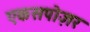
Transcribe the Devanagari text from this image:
एकसपोज़र